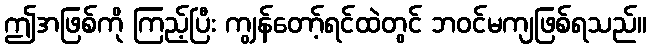
ဤအဖြစ်ကို ကြည့်ပြီး ကျွန်တော့်ရင်ထဲတွင် ဘဝင်မကျဖြစ်ရသည်။